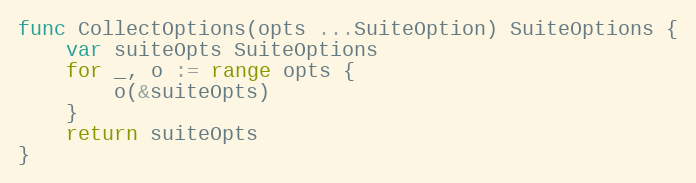
Language: Go
func CollectOptions(opts ...SuiteOption) SuiteOptions {
	var suiteOpts SuiteOptions
	for _, o := range opts {
		o(&suiteOpts)
	}
	return suiteOpts
}